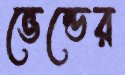
ভেন্ডের